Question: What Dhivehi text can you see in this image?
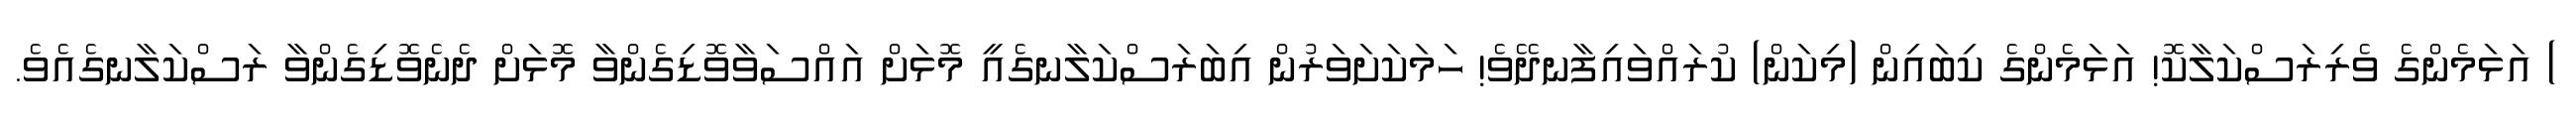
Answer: ) އަޅަމެންގެ ވެރިރަސްކަލާކޮ! އަޅަމެންގެ ކިބައިން (މިކަން) ކުރައްވައިފާނދޭވެ! ހަމަކަށަވަރުން އިބަރަސްކަލާނގެއީ މޮޅަށް އައްސަވާވޮޑިގެންވާ މޮޅަށް ދެނެވޮޑިގެންވާ ރަސްކަލާނގެއެވެ.